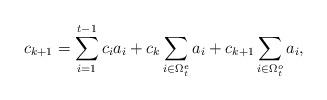
LaTeX: \begin{align*}c_{k+1}=\sum_{i=1}^{t-1}c_ia_i+c_{k}\sum_{i\in \Omega_t^e} a_i+c_{k+1}\sum_{i\in \Omega_t^o} a_i,\end{align*}